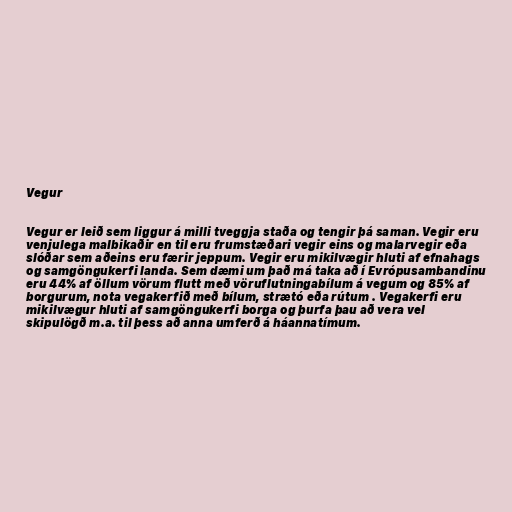
Vegur

Vegur er leið sem liggur á milli tveggja staða og tengir þá saman. Vegir eru
venjulega malbikaðir en til eru frumstæðari vegir eins og malarvegir eða
slóðar sem aðeins eru færir jeppum. Vegir eru mikilvægir hluti af efnahags
og samgöngukerfi landa. Sem dæmi um það má taka að í Evrópusambandinu
eru 44% af öllum vörum flutt með vöruflutningabílum á vegum og 85% af
borgurum, nota vegakerfið með bílum, strætó eða rútum . Vegakerfi eru
mikilvægur hluti af samgöngukerfi borga og þurfa þau að vera vel
skipulögð m.a. til þess að anna umferð á háannatímum.